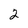
Character: 2